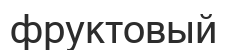
фруктовый